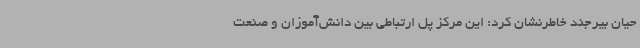
حیان بیرجند خاطرنشان کرد: این مرکز پل ارتباطی بین دانش‌آموزان و صنعت